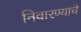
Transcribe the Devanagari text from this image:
निवारण्याचे